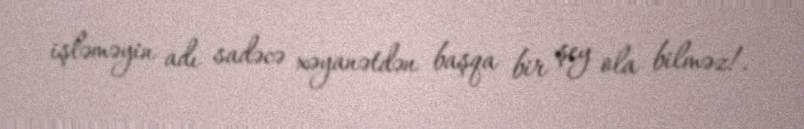
işləməyin adı sadəcə xəyanətdən başqa bir şey ola bilməz!.